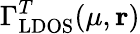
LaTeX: \Gamma_{\mathrm{LDOS}}^{T}(\mu,\mathbf{r})